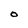
Character: O